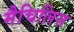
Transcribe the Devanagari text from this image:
मैचिलिस